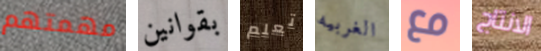
مهمتهم بقوانين تعلم الغربيه مع الانتاج